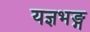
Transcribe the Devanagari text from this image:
यज्ञभङ्ग